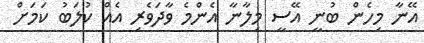
އޭނާ މިހެން ބުނީ އޭސީ މިލާނާ އެންމެ ވާދަވެރި އެއް ކުލަބު ކަމަށް